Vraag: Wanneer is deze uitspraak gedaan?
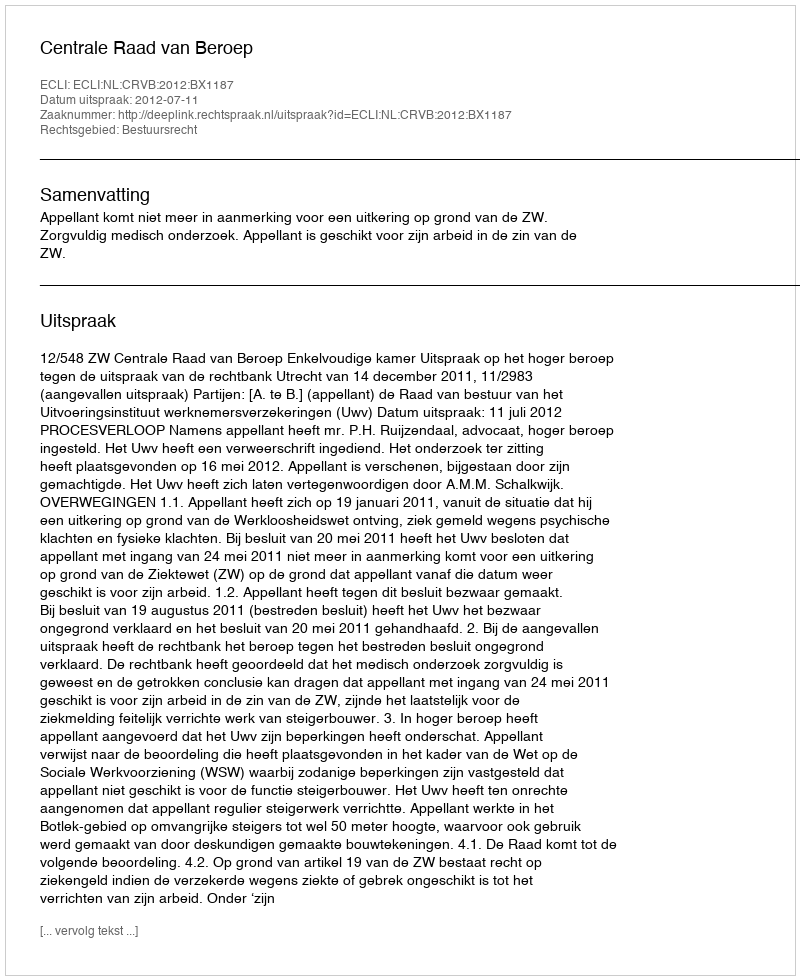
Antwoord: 2012-07-11